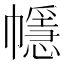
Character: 㡥